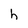
Character: h